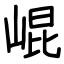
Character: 崐